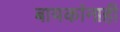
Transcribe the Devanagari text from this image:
बायकांनाही